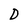
Character: D